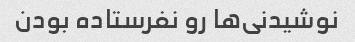
نوشیدنی‌ها رو نفرستاده بودن